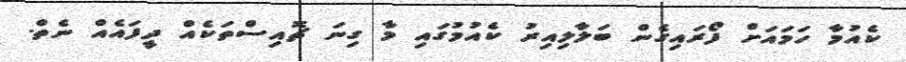
ކެއުމާ ހަމައަށް ފޯރައިގެން ބަލާލިއިރު ކެއުމުގައި މާ ގިނަ ޗޮއިސްތަކެއް ދީފައެއް ނެތް.